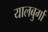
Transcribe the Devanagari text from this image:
यालबुर्गा